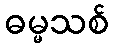
ဓမ္မသစ်